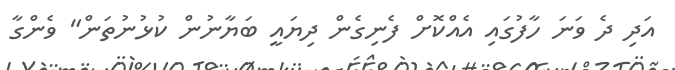
އަދި ދެ ވަނަ ހާފުގައި އެއްކޮށް ފެނިގެން ދިޔައީ ބަޔާނުން ކުޅުނުތަން" ވެންގާ